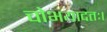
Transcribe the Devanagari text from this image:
चोभयादतः।